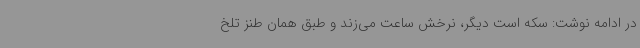
در ادامه نوشت: سکه است دیگر، نرخش ساعت می‌زند و طبق همان طنز تلخ